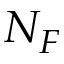
N _ { F }